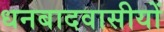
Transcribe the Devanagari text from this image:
धनबादवासीयों